Report on vaccination North-West Frontier Province 1904-1922 - 1904-1922
Year: 1904
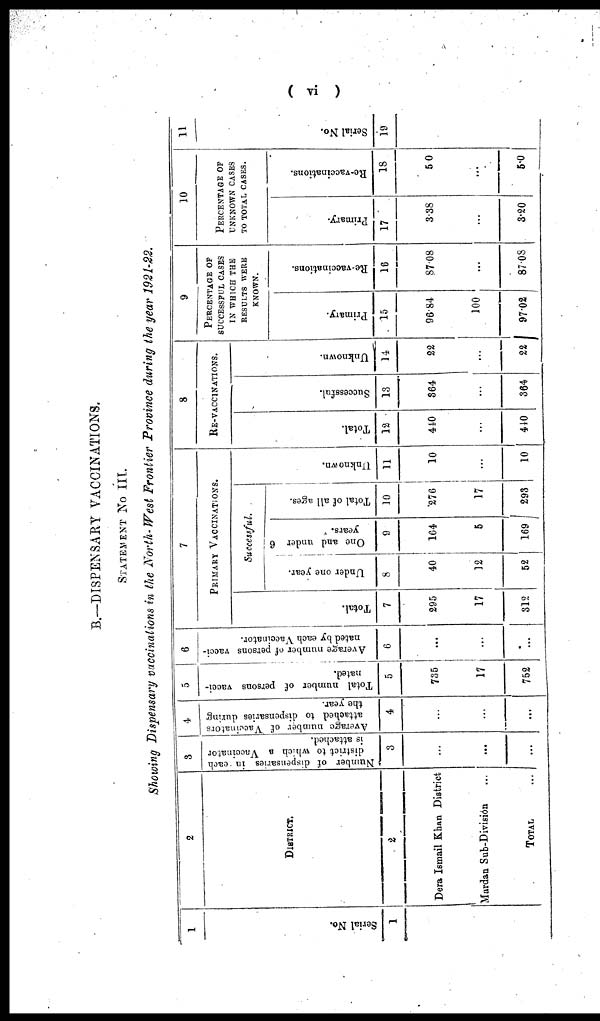
( vi )
B.—DISPENSARY VACCINATIONS.
STATEMENT No III.
Showing Dispensary vaccinations in the North-West Frontier Province during the year 1921-22.
1
Serial No.
1
2
DISTRICT.
2
Dera Ismail Khan District
Mardan Sub-Division
TOTAL ...
3
Number of dispensaries in each
district to which a Vaccinator
is attached.
3
...
...
...
4
Average number of Vaccinators
attached to dispensaries during
the year.
4
...
...
...
5
Total number of persons vacci-
nated.
5
735
17
752
6
Average number of persons vacci-
nated by each Vaccinator.
6
...
...
...
7
PRIMARY VACCINATIONS.
Total.
7
295
17
312
Successful.
Under one year.
8
40
12
52
One and under 6
years.
9
164
5
169
Total of all ages.
10
276
17
293
Unknown.
11
10
...
10
8
RE-VACCINATIONS.
Total.
12
440
...
440
Successful.
13
364
...
364
Unknown.
14
22
...
22
9
PERCENATGE OF
SUCCESSFUL CASES
IN WHICH THE
RESULTS WERE
KNOWN.
Primary.
15
96.84
100
97.02
Re-vaccinations.
16
87.08
...
87.08
10
PERCENTAGE OF
UNKNOWN CASES
TO TOTAL CASES.
Primary.
17
3.38
...
3.20
Re-vaccinations.
18
5.0
...
5.0
11
Serial No.
19